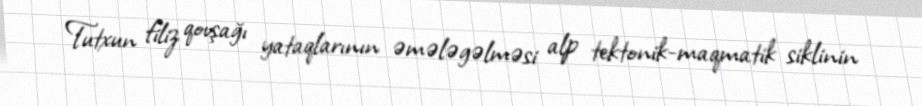
Tutxun filiz qovşağı yataqlarının əmələgəlməsi alp tektonik-maqmatik siklinin